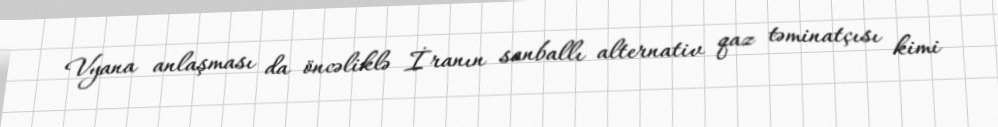
Vyana anlaşması da öncəliklə İranın sanballı alternativ qaz təminatçısı kimi